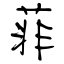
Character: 菲